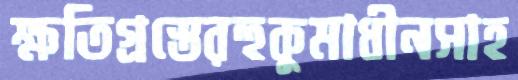
ক্ষতিগ্রস্তেরহুকুমাধীনসাহ